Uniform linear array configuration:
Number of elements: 32
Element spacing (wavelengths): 1
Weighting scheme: kaiser
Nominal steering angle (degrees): -15
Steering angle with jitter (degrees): -15.474
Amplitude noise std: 0.05
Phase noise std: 0.05

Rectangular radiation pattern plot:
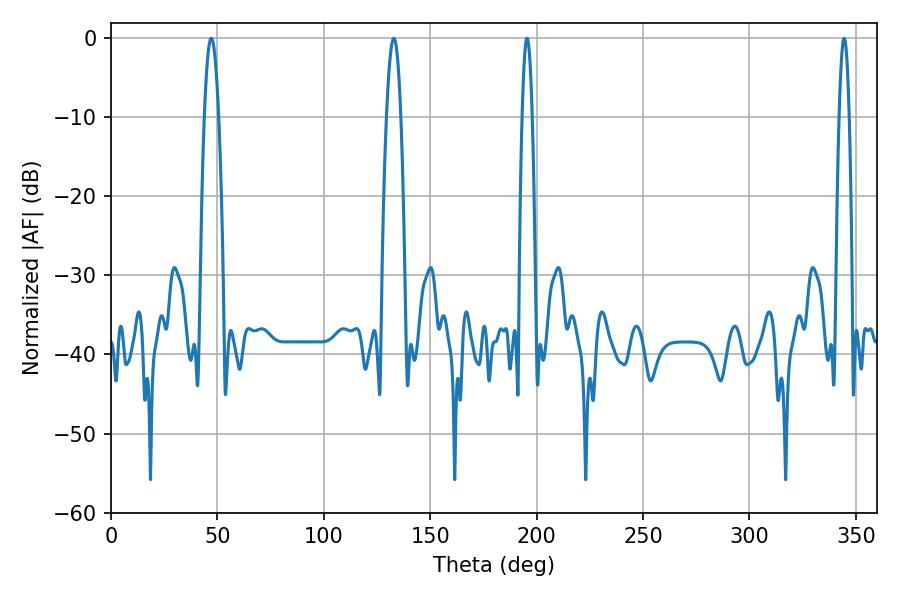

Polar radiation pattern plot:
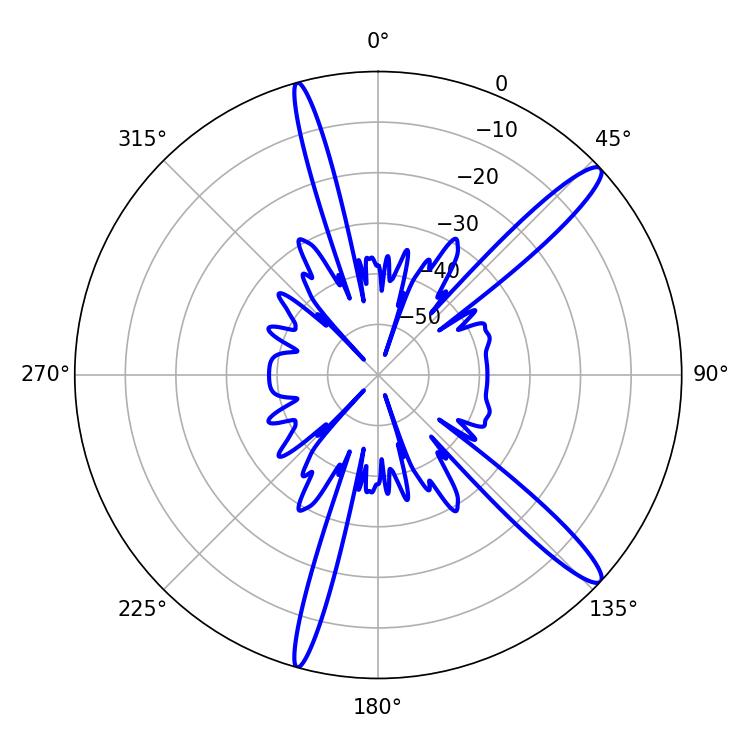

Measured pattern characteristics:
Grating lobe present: TRUE
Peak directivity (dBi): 14.174
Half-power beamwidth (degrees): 2.52
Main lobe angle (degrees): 344.52